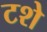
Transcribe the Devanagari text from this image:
टशे